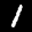
Label: 1